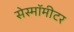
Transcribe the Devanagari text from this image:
सेस्मॉमीटर